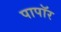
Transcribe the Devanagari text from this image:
पापॉर